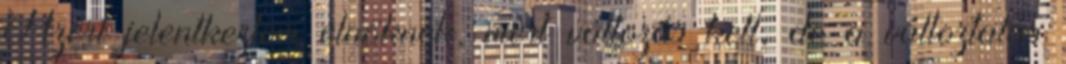
Azért jelentkeztem elnöknek, mert változás kell, de a változtatás